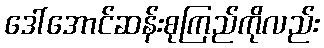
ဒေါ်အောင်ဆန်းစုကြည်ကိုလည်း